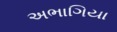
અભાગિયા